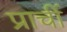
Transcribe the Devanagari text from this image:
प्राचीं